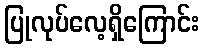
ပြုလုပ်လေ့ရှိကြောင်း